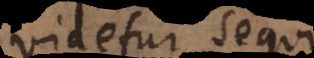
videtur sequi